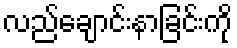
လည်ချောင်းနာခြင်းကို